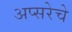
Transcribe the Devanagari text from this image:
अप्सरेचे